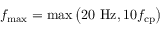
f _ { \mathrm { m a x } } = \mathrm { m a x } \left( 2 0 ~ \mathrm { H z } , 1 0 f _ { \mathrm { c p } } \right)